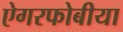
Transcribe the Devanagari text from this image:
ऐगरफोबीया